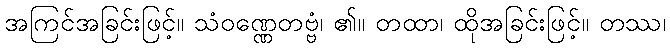
အကြင်အခြင်းဖြင့်။ သံဝဏ္ဏေတဗ္ဗံ၊ ၏။ တထာ၊ ထိုအခြင်းဖြင့်။ တဿ၊